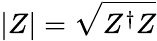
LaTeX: |Z|=\sqrt{Z^{\dagger}Z}